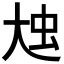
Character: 𡘗